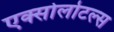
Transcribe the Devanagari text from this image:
एक्सोलोटल्स